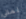
نمتي